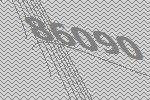
86090